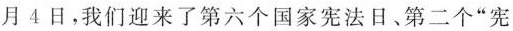
月4日，我们迎来了第六个国家宪法日、第二个”宪